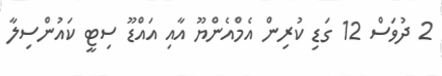
2 ދުވަސް 12 ގަޑި ކުރިން އެމްއެންޔޫ އާއި އައްޑޫ ސިޓީ ކައުންސިލާ